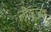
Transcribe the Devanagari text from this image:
लीलच्या